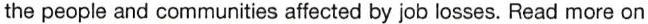
the people and communities affected by job losses. Read more on